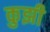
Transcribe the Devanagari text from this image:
कुझी